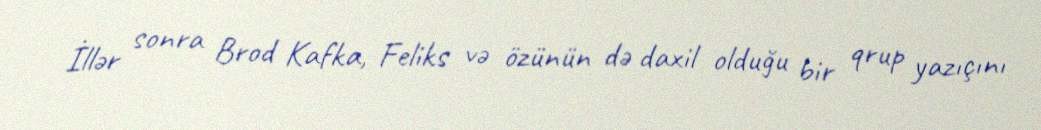
İllər sonra Brod Kafka, Feliks və özünün də daxil olduğu bir qrup yazıçını